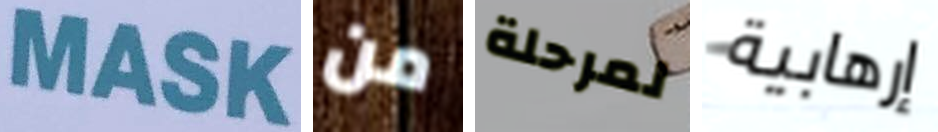
MASK من لمرحلة إرهابية